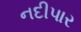
નદીપાર